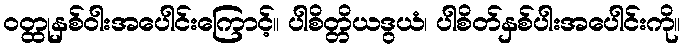
ဝတ္ထုနှစ်ဝါးအပေါင်းကြောင့်။ ပါစိတ္တိယဒွယံ၊ ပါစိတ်နှစ်ပါးအပေါင်းကို။